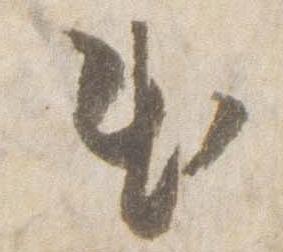
出